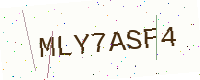
Text: MLY7ASF4